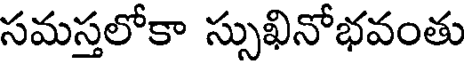
సమస్తలోకా స్సుఖినోభవంతు